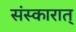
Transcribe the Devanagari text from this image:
संस्कारात्‌